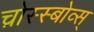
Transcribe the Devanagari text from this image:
च्रोस्स्बोव्स्